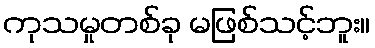
ကုသမှုတစ်ခု မဖြစ်သင့်ဘူး။